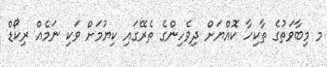
މ މިބާވަތުގެ ތާކިހާ ކޮއްޔަށް ދިވެހިންގެ ތެރޭގައި ކިޔުމަށް ވަކި ނަމެއް ރިކޯޑް